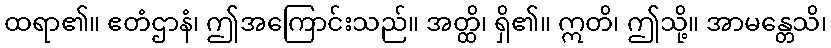
ထရာ၏။ ဧတံဌာနံ၊ ဤအကြောင်းသည်။ အတ္ထိ၊ ရှိ၏။ ဣတိ၊ ဤသို့။ အာမန္တေသိ၊